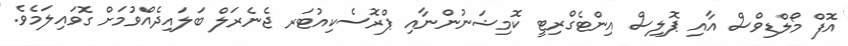
އޮފް މޯލްޑިވްސް އާއި ޕޮލިސް އިންޓެގްރިޓީ ކޮމިޝަނުންނާއި ޕްރޮސެކިއުޓަރ ޖެނެރަލް ބަލައިދެއްވުމަށް ގޮވައިލަމެވެ.